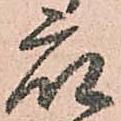
衆